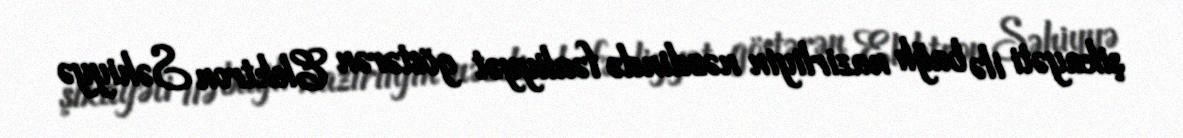
şikayəti ilə bağlı nazirliyin nəzdində fəaliyyət göstərən Elektron Səhiyyə